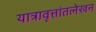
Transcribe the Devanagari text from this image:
यात्रावृत्तांतलेखन